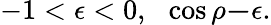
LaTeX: -1<\epsilon<0,\ \ \cos\rho\le-\epsilon.